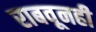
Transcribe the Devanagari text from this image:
राबवूनही